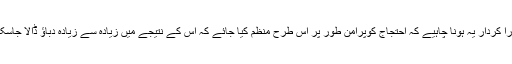
ہمارا کردار یہ ہونا چاہیے کہ احتجاج کوپُرامن طور پر اس طرح منظم کیا جائے کہ اس کے نتیجے میں زیادہ سے زیادہ دباﺅ ڈالا جاسکے۔